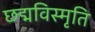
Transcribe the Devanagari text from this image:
छद्मविस्मृति